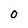
Character: 0